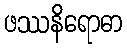
ဖဿနိရောဓာ